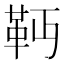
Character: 𩉣